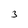
Character: 3